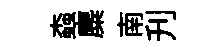
螙麋南刋